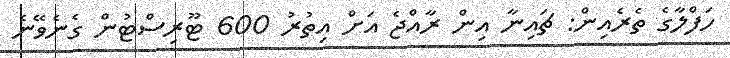
ހަފްލާގެ ތެރެއިން: ޗައިނާ އިން ރާއްޖެ އަށް އިތުރު 600 ޓޫރިސްޓުން ގެނެވޭނެ